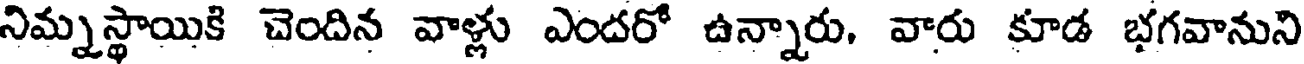
నిమ్నస్థాయికి చెందిన వాళ్లు ఎందరో ఉన్నారు. వారు కూడ భగవానుని